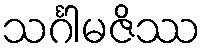
သင်္ဂါမဇိဿ